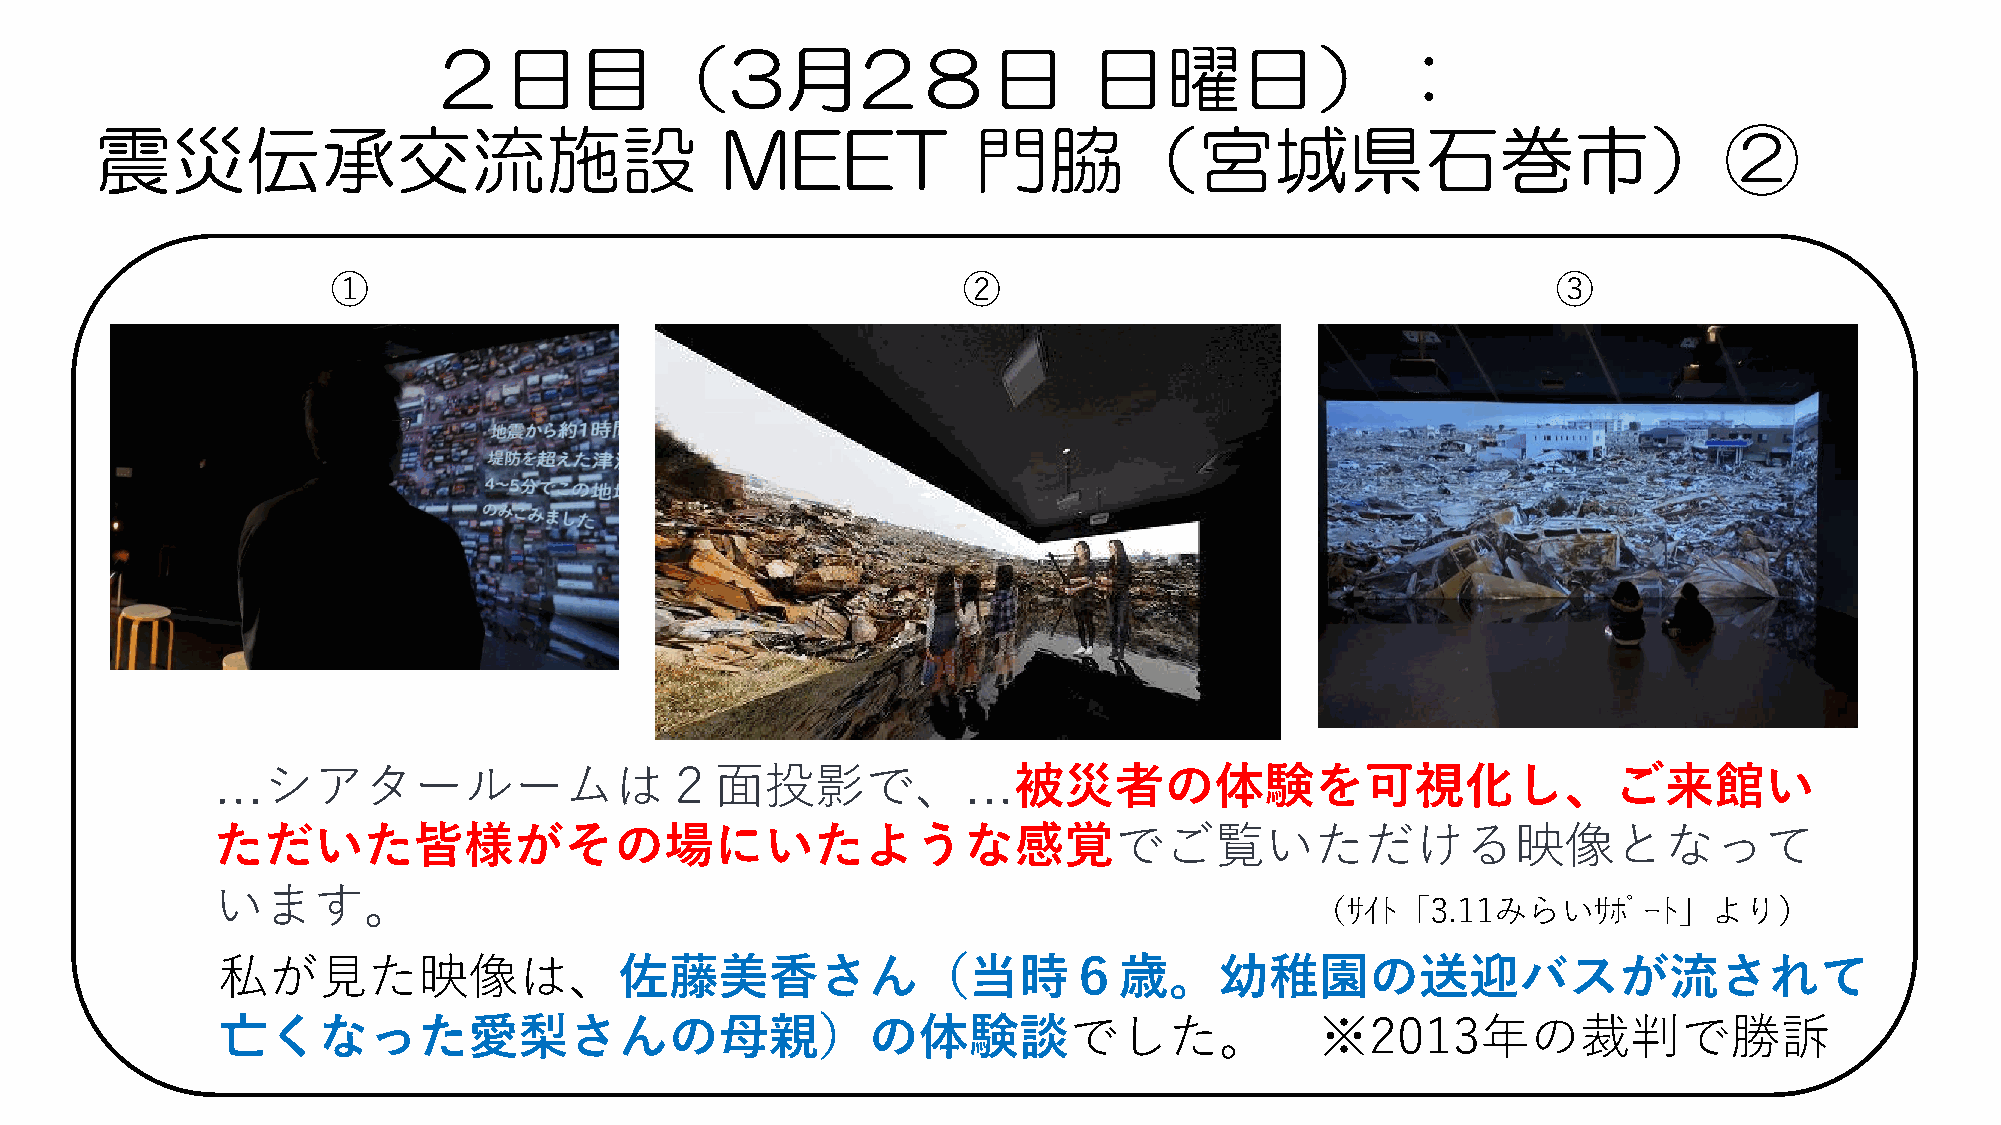
２日目（3月2８日                                   日曜日）：
 震災伝承交流施設                                  MEET            門脇（宮城県石巻市）②
 ①                                         ②                                      ③
 …シアタールームは２面投影で、…被災者の体験を可視化し、ご来館い
 ただいた皆様がその場にいたような感覚でご覧いただける映像となって
 います。
 （ｻｲﾄ「3.11みらいｻﾎﾟｰﾄ」より）
 私が見た映像は、佐藤美香さん（当時６歳。幼稚園の送迎バスが流されて
 亡くなった愛梨さんの母親）の体験談でした。                                                    ※2013年の裁判で勝訴